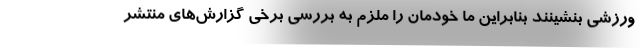
ورزشی بنشینند بنابراین ما خودمان را ملزم به بررسی برخی گزارش‌های منتشر